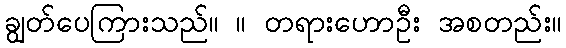
ချွတ်ပေကြားသည်။ ။ တရားဟောဦး အစတည်း။